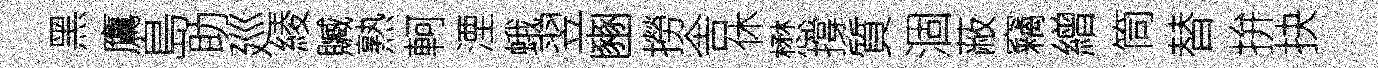
黑鷹島助廵綾贓熟軻湮蛾翌豳撈舎休懋撐質涸蔽竊繒筒替拚抉